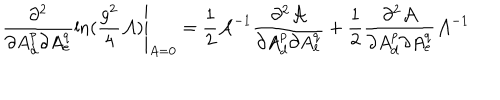
\left. \frac { \partial ^ { 2 } } { \partial A _ { d } ^ { p } \partial A _ { e } ^ { q } } \ln ( \frac { g ^ { 2 } } { 4 } { \cal A } ) \right| _ { A = 0 } = \frac { 1 } { 2 } { \cal A } ^ { - 1 } \frac { \partial ^ { 2 } { \cal A } } { \partial A _ { d } ^ { p } \partial A _ { e } ^ { q } } + \frac { 1 } { 2 } \frac { \partial ^ { 2 } { \cal A } } { \partial A _ { d } ^ { p } \partial A _ { e } ^ { q } } { \cal A } ^ { - 1 }